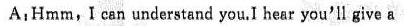
A： Hmm,ǐ can understand you,I hear you'll give a